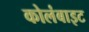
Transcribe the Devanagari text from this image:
कोलंबाइट